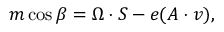
m \cos { \beta } = \Omega \cdot S - e ( A \cdot v ) ,